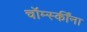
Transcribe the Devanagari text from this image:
चॉम्स्कींना